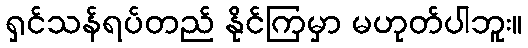
ရှင်သန်ရပ်တည် နိုင်ကြမှာ မဟုတ်ပါဘူး။